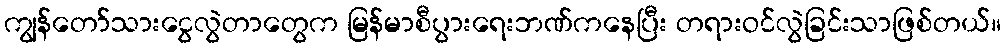
ကျွန်တော်သားငွေလွဲတာတွေက မြန်မာစီပွားရေးဘဏ်ကနေပြီး တရားဝင်လွဲခြင်းသာဖြစ်တယ်။